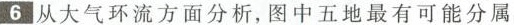
6 从大气环流方面分析，图中五地最有可能分属